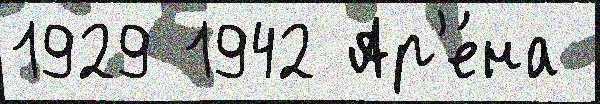
1929 1942 Ар'е́на